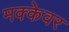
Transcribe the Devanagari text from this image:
मक्केवर